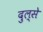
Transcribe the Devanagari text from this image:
दुल्से